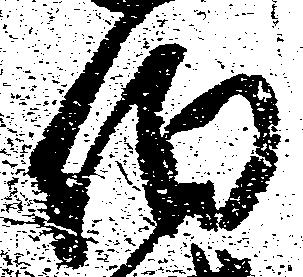
伯